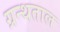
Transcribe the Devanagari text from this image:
ग्रन्थताल